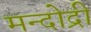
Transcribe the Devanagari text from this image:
मन्दोद्री